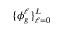
\{ \phi _ { g } ^ { \ell } \} _ { \ell = 0 } ^ { L }